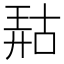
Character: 𫪹